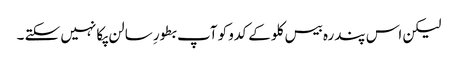
لیکن اس پندرہ بیس کلو کے کدو کو آپ بطورِ سالن پکا نہیں سکتے ۔